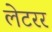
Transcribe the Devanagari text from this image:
लेटरर